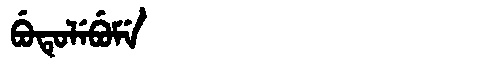
Manchu: ᠪᡠᡨᡠᠯᡝᠪᡠᠮᡝ
Romanization: BUTULEBUME